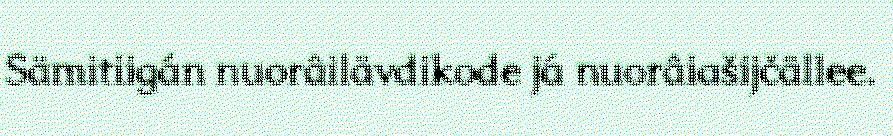
Sämitiigán nuorâilävdikode já nuorâiašijčällee.